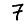
Digit: 7